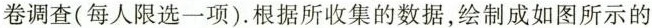
卷调查(每人限选一项)。根据所收集的数据，绘制成如图所示的